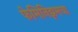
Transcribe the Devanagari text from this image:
फेमिनिझमचा